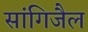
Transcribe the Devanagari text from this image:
सांगिजैल